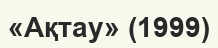
«Ақтау» (1999)